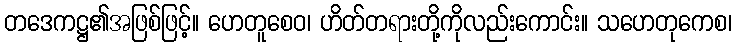
တဒေကဋ္ဌ၏အဖြစ်ဖြင့်။ ဟေတူစေဝ၊ ဟိတ်တရားတို့ကိုလည်းကောင်း။ သဟေတုကေစ၊